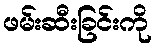
ဖမ်းဆီးခြင်းကို